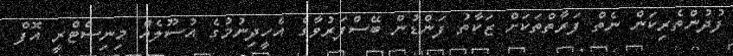
ފުދުންތެރިކަން ނެތް ފަރާތްތަކަށް ޒަކާތު ފަންޑުން ބޭސްފަރުވާގެ އެހީދިނުމުގެ އުސޫލެއް މިނިސްޓްރީ އޮފް